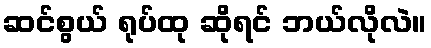
ဆင်စွယ် ရုပ်ထု ဆိုရင် ဘယ်လိုလဲ။